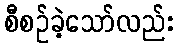
စီစဉ်ခဲ့သော်လည်း